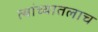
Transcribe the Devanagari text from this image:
त्यांच्यातलाच